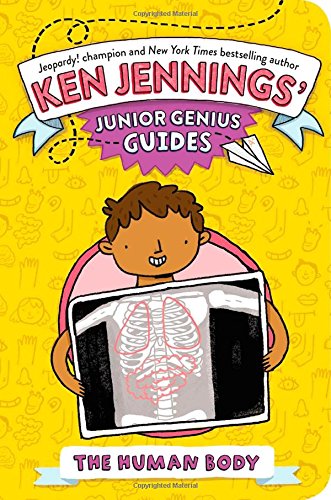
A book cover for The Human Body (Ken Jennings' Junior Genius Guides); Ken Jennings; Children's Books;